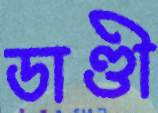
ডাণ্ডী